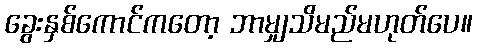
ခွေးနှစ်ကောင်ကတော့ ဘာမျှသိမည်မဟုတ်ပေ။